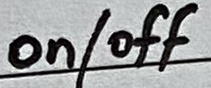
Text: on/off